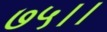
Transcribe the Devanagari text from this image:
७५।।